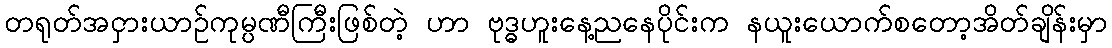
တရုတ်အငှားယာဉ်ကုမ္ပဏီကြီးဖြစ်တဲ့ ဟာ ဗုဒ္ဓဟူးနေ့ညနေပိုင်းက နယူးယောက်စတော့အိတ်ချိန်းမှာ